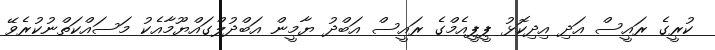
ކުރީގެ ރައީސް އަދި އިދިކޮޅު ޕީޕީއެމްގެ ރައީސް އަބްދު ޔާމީން އަބްދުލްގައްޔޫމާއެކު މަސައްކަތްނުކުރެވޭ